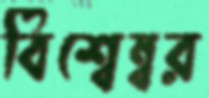
বিশ্বেম্বর